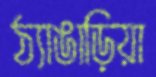
ঠ্যাঙাড়িয়া